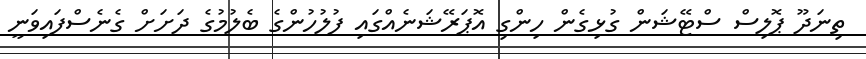
ތިނަދޫ ޕޮލިސް ސްޓޭޝަން ގުޅިގެން ހިންގި އޮޕަރޭޝަނެއްގައި ފުލުހުންގެ ބެލުމުގެ ދަށަށް ގެނެސްފައިވަނީ